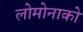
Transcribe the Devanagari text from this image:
लोमोनाको